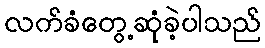
လက်ခံတွေ့ဆုံခဲ့ပါသည်